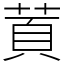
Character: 鿓